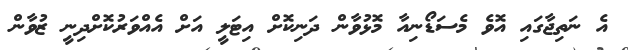
އެ ނަތިޖާގައި އޮވެ މެސަޑޯނިއާ މޮޅުވާން ދަނިކޮށް އިޓަލީ އަށް އެއްވަރުކޮށްދިނީ ޒުވާން